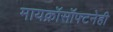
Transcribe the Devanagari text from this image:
मायक्रॉसॉफ्टनेही